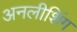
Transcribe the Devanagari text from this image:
अनलीशिंग